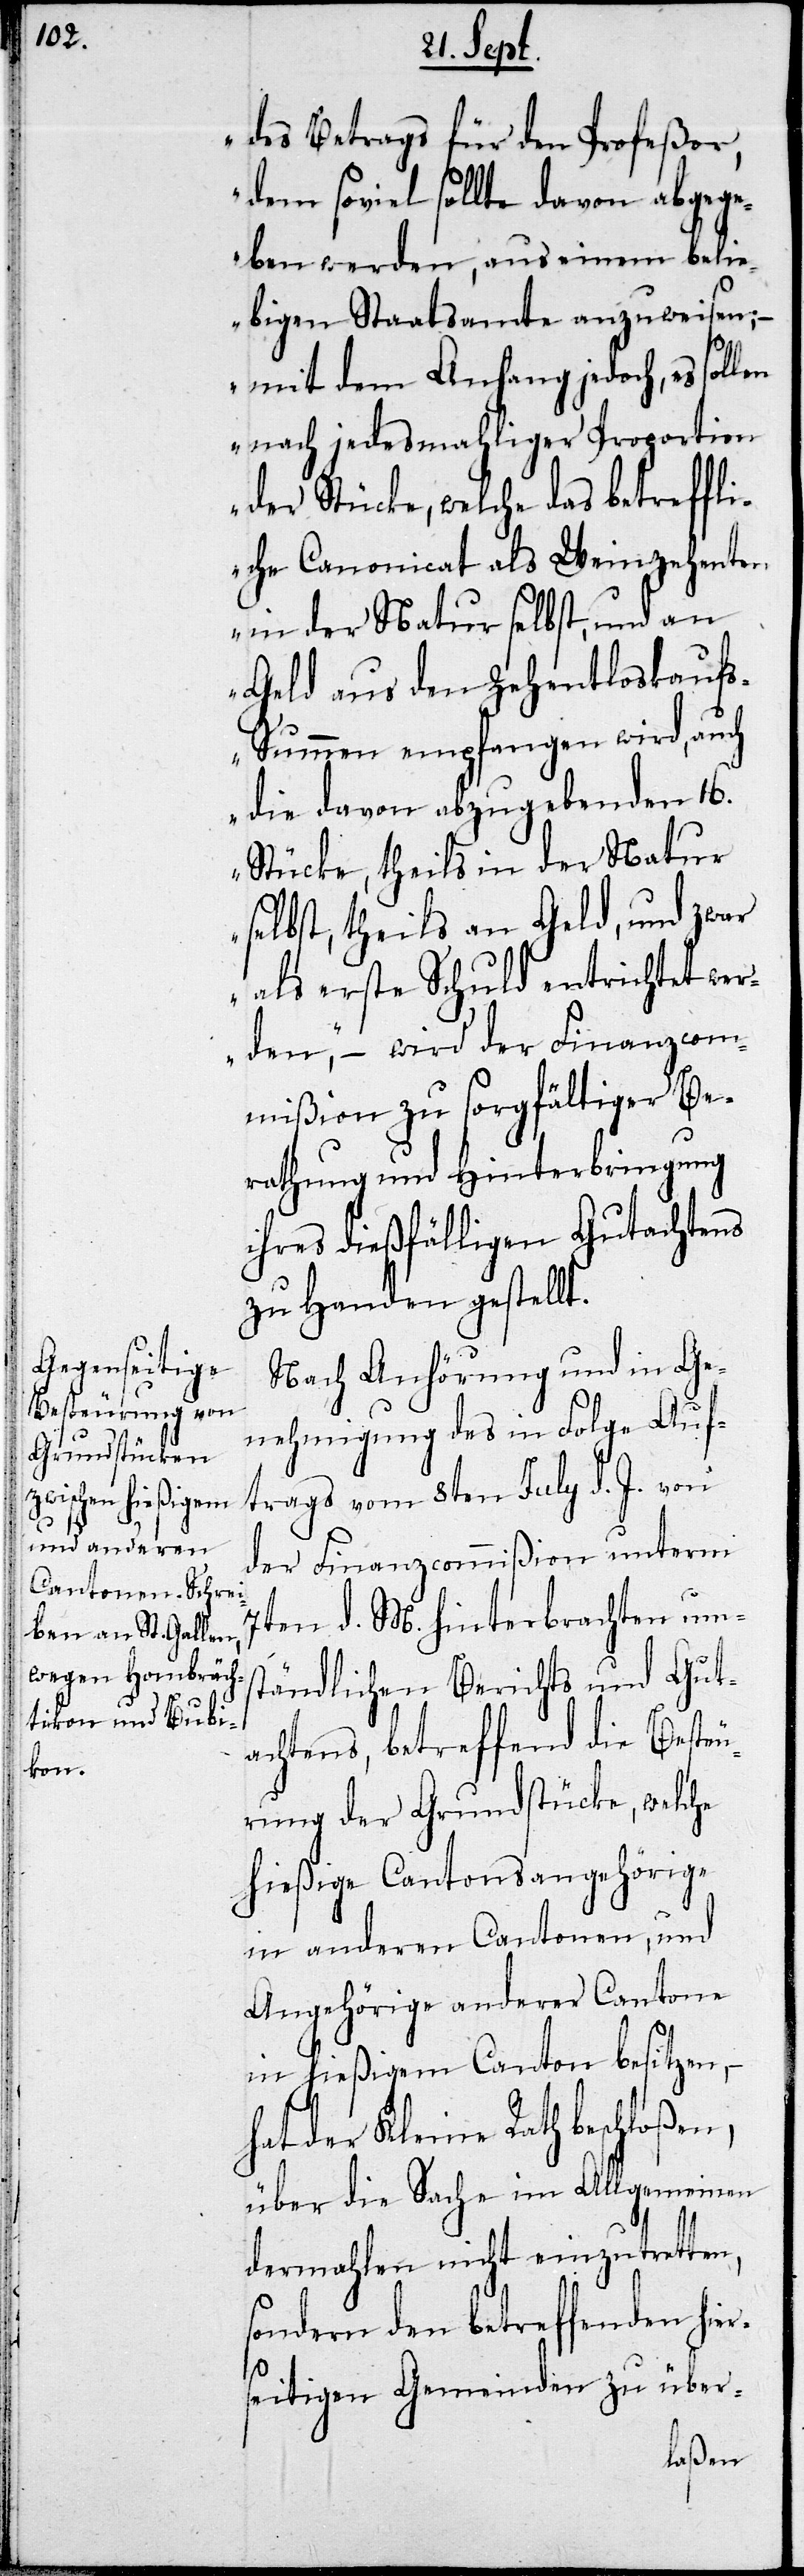
des Betrags für den Profeßor,
dem soviel sollte davon abgege¬
ben werden, aus einem beli¬
ebigen Staatsamte anzuweisen;
– mit dem Anhang jedoch, es soll¬
en nach jedesmaliger Proportion
der Stücke, welche das betreffli¬
che Canonicat als Weinzehenten
in der Natur selbst, und an
Geld aus den Zehentloskauf¬
s-Summen empfangen wird, auch
die davon abzugebenden 16.
Stücke, theils in der Natur
selbst, theils an Geld, und zwar
als erste Schuld entrichtet wer¬
den“, – wird der Finanzcom¬
mißion zu sorgfältiger Be¬
rathung und Hinterbringung
ihres dießfälligen Gutachtens
zu Handen gestellt.
Nach Anhörung und in Ge¬
nehmigung des in Folge Auf¬
trags vom 8ten July d. J. von
der Finanzcommißion unterm
7ten d. M. hinterbrachten ums¬
tändlichen Berichts und Gut¬
achtens, betreffend die Besteu¬
rung der Grundstücke, welche
hießige Cantonsangehörige
in andern Cantonen, und
Angehörige anderer Cantone
in hießigem Canton besitzen, –
hat der Kleine Rath beschloßen,
über die Sache im Allgemeinen
dermahlen nicht einzutretten,
sondern den betreffenden hier¬
seitigen Gemeinden zu über-